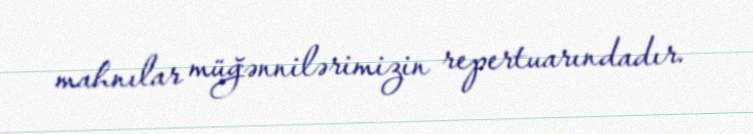
mahnılar müğənnilərimizin repertuarındadır.